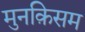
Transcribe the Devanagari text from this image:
मुनक़िसम